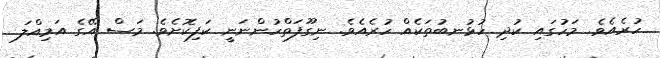
ހުރެއެވެ. މަހުގައި ކުދި ހުޅުނބުތަކެއް ހުރެއެވެ. ނިގޫފަތްހުންނަނީ ކަފިކޮށެވެ. މަސް އޭގެ އަމިއްލަ